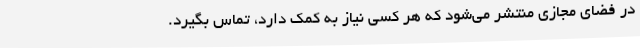
در فضای مجازی منتشر می‌شود که هر کسی نیاز به کمک دارد، تماس بگیرد.